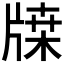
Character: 𤗥